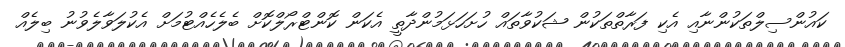
ކައުންސިލްތަކުންނާއި އެކި ފަރާތްތަކުން ޝަކުވާތައް ހުށަހަޅަމުންދާތީ އެކަން ކޮންޓްރޯލްކޮށް ބެލެހެއްޓުމަށް އެކުލަވާލެވުނު ބިލެއް